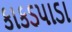
કાકડપાડા